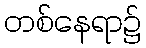
တစ်နေရာ၌